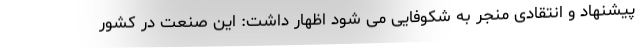
پیشنهاد و انتقادی منجر به شکوفایی می شود اظهار داشت: این صنعت در کشور